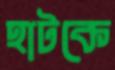
হাটকে